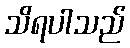
သိရပါသည်